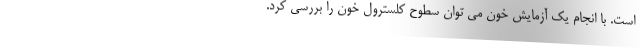
است. با انجام یک آزمایش خون می توان سطوح کلسترول خون را بررسی کرد.